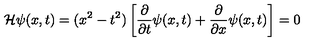
{ \cal H } \psi ( x , t ) = ( x ^ { 2 } - t ^ { 2 } ) \left[ \frac { \partial } { \partial t } \psi ( x , t ) + \frac { \partial } { \partial x } \psi ( x , t ) \right] = 0